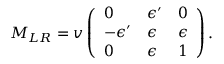
M _ { L R } = v \left( \begin{array} { l l l } { { 0 } } & { { \epsilon ^ { \prime } } } & { { 0 } } \\ { { - \epsilon ^ { \prime } } } & { { \epsilon } } & { { \epsilon } } \\ { { 0 } } & { { \epsilon } } & { { 1 } } \end{array} \right) .